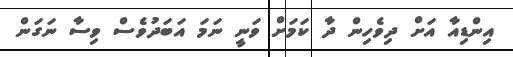
އިންޑިއާ އަށް ދިވެހިން ދާ ކަމަށް ވަނީ ނަމަ އަބަދުވެސް ވިސާ ނަގަން